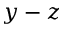
y - z